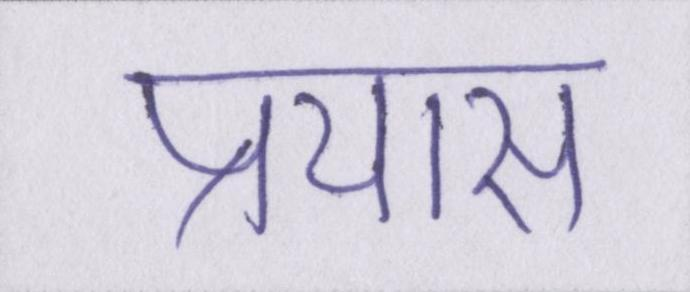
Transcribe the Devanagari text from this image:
प्रयास